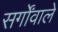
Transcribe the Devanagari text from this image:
सर्गोंवाले